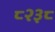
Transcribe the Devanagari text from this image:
८२३८